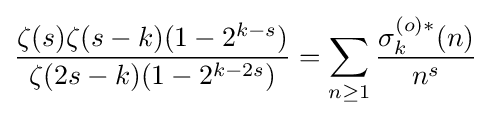
{\frac {\zeta (s)\zeta (s-k)(1-2^{k-s})}{\zeta (2s-k)(1-2^{k-2s})}}=\sum _{n\geq 1}{\frac {\sigma _{k}^{(o)*}(n)}{n^{s}}}